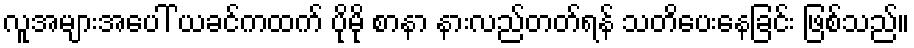
လူအများအပေါ် ယခင်ကထက် ပိုမို စာနာ နားလည်တတ်ရန် သတိပေးနေခြင်း ဖြစ်သည်။